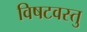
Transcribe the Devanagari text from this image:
विषटवस्तु